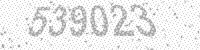
Solution: 539023